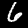
Label: 6